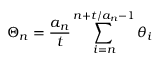
\Theta _ { n } = { \frac { a _ { n } } { t } } \sum _ { i = n } ^ { n + t / a _ { n } - 1 } \theta _ { i }